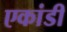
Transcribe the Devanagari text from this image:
एकांडी